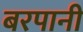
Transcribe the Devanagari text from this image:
बरपानी